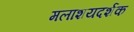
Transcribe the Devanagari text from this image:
मलाशयदर्शक